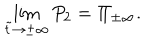
LaTeX: \lim _ { \tilde { t } \to \pm \infty } P _ { 2 } = \Pi _ { \pm \infty } .